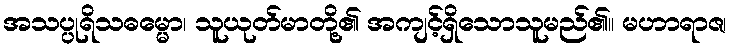
အသပ္ပုရိသဓမ္မော၊ သူယုတ်မာတို့၏ အကျင့်ရှိသောသူမည်၏။ မဟာရာဇ၊